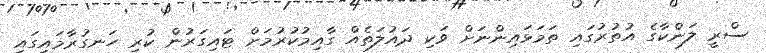
ސްރީ ލަންކާގެ އުތުރުގައި ތަމަޅައިންނަށް ވަކި ދައުލަތެއް ގާއިމުކުރުމަށް ޓައިގަރުން ކުރި ހަނގުރާމައިގައި